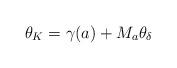
LaTeX: \begin{align*} \theta_K = \gamma(a) + M_a \theta_{\delta}\end{align*}